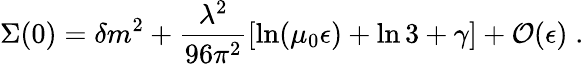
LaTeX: \Sigma(0)=\delta m^{2}+\frac{\lambda^{2}}{96\pi^{2}}[\ln(\mu_{0}\epsilon)+\ln 3+\gamma]+{\cal O}(\epsilon)\; .